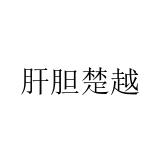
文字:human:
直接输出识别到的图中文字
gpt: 肝胆楚越